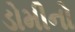
ડોમીનો